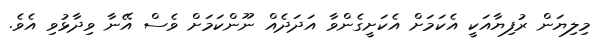
މިލިޔަން ރުފިޔާއަކީ އެކަމަށް އެކަށީގެންވާ އަދަދެއް ނޫންކަމަށް ވެސް އޭނާ ވިދާޅުވި އެވެ.